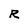
Character: R